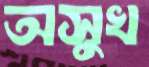
অসুখ